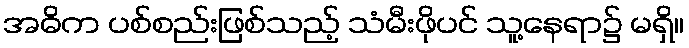
အဓိက ပစ်စည်းဖြစ်သည့် သံမီးဖိုပင် သူ့နေရာ၌ မရှိ။